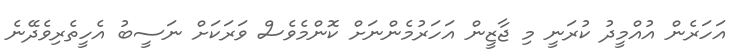
އަހަރެން އުއްމީދު ކުރަނީ މި ޖާޒީން އަހަރުމެންނަށް ކޮންމެވެސް ވަރަކަށް ނަސީބު އެހީތެރިވެދޭނެ